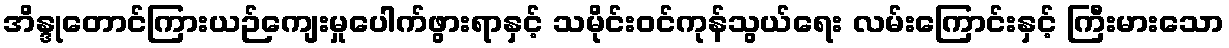
အိန္ဒုတောင်ကြားယဉ်ကျေးမှုပေါက်ဖွားရာနှင့် သမိုင်းဝင်ကုန်သွယ်ရေး လမ်းကြောင်းနှင့် ကြီးမားသော